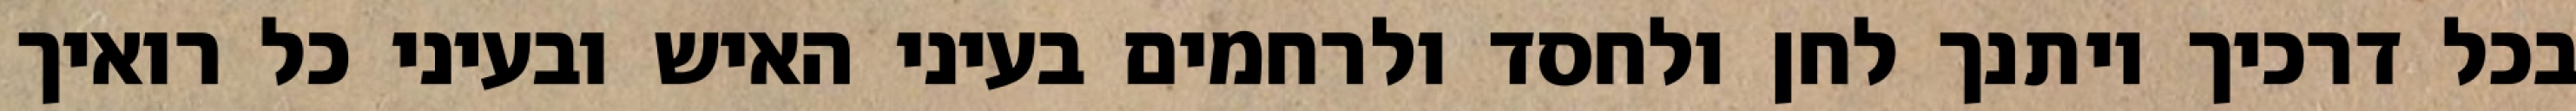
בכל דרכיך ויתנך לחן ולחסד ולרחמים בעיני האיש ובעיני כל רואיך